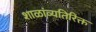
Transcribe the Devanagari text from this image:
शाळांव्यतिरिक्त